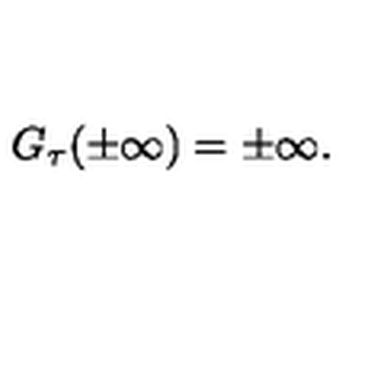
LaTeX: G _ { \tau } ( \pm \infty ) = \pm \infty .